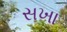
સખા